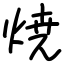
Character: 焼